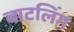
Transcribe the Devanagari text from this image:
बाटलिंग